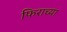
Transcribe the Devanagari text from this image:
फिराच्या